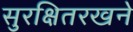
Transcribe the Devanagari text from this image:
सुरक्षितरखने